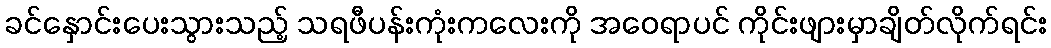
ခင်နှောင်းပေးသွားသည့် သရဖီပန်းကုံးကလေးကို အဝေရာပင် ကိုင်းဖျားမှာချိတ်လိုက်ရင်း